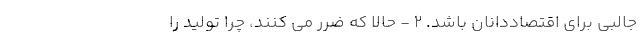
جالبی برای اقتصاددانان باشد. 2 - حالا که ضرر می کنند، چرا تولید را